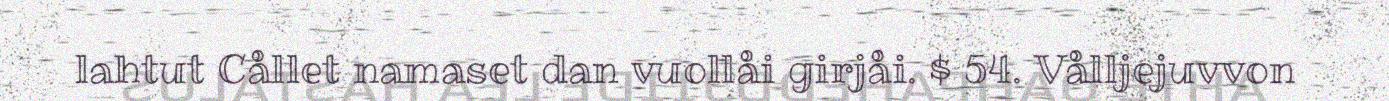
lahtut Cållet namaset dan vuollåi girjåi. $ 54. Vålljejuvvon